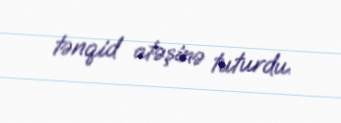
tənqid atəşinə tuturdu.